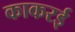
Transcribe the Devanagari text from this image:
काकरई